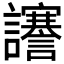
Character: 𧮎